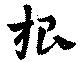
根